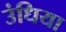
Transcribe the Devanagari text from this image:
उंधिया